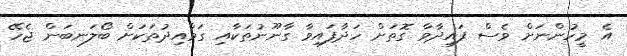
އެ މީހުންނަށް ވެސް ފައިދާވާ ގޮތަށް ހަދާފައިވާ ގާނޫނުތަކާއި ގަވާއިދުތަކަށް ބޯލަނބަން ޖެހޭ